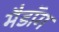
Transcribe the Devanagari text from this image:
मैडॉग